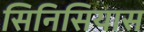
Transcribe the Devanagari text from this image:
सिनिसियास